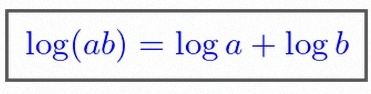
\log(ab)=\log a+\log b